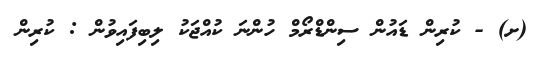
(ށ) - ކުރިން ޑައުން ސިންޑްރޯމް ހުންނަ ކުއްޖަކު ލިބިފައިވުން : ކުރިން